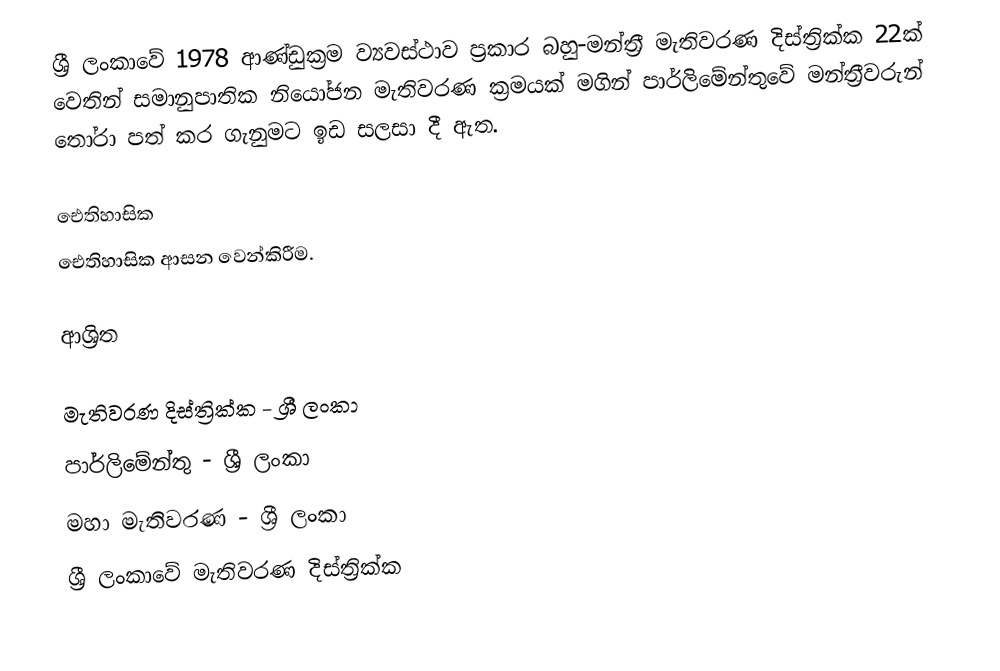
ශ්‍රී ලංකාවේ 1978 ආණ්ඩුක්‍රම ව්‍යවස්ථාව ප්‍රකාර    බහු-මන්ත්‍රී මැතිවරණ දිස්ත්‍රික්ක 22ක් වෙතින්  සමානුපාතික නියෝජන මැතිවරණ ක්‍රමයක් මගින් පාර්ලිමේන්තුවේ  මන්ත්‍රීවරුන්  තෝරා පත් කර ගැනුමට ඉඩ සලසා දී ඇත.

ඓතිහාසික
ඓතිහාසික ආසන වෙන්කිරීම.

ආශ්‍රිත

මැතිවරණ දිස්ත්‍රික්ක - ශ්‍රී ලංකා
පාර්ලිමේන්තු - ශ්‍රී ලංකා
මහා මැතිවරණ - ශ්‍රී ලංකා
ශ්‍රී ලංකාවේ මැතිවරණ දිස්ත්‍රික්ක